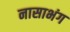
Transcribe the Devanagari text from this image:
नासाभंग